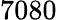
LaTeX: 7080